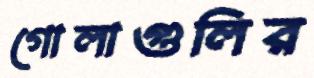
গোলাগুলির